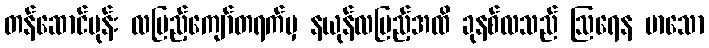
တန်ဆောင်မုန်း လပြည့်ကျော်တရက်မှ နယုန်လပြည့်အထိ ခုနစ်လသည် ဩရေန မာသော